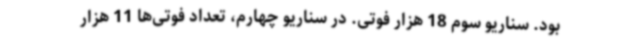
بود. سناریو سوم 18 هزار فوتی. در سناریو چهارم، تعداد فوتی‌ها 11 هزار